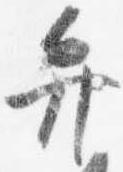
弁